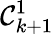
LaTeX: \mathcal{C}_{k+1}^{1}